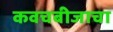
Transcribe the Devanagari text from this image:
कवचबीजाचा